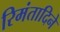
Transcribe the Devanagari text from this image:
रिमंतादिने